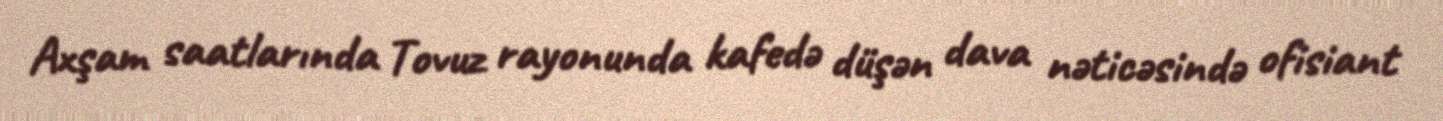
Axşam saatlarında Tovuz rayonunda kafedə düşən dava nəticəsində ofisiant